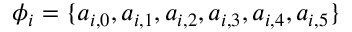
\phi _ { i } = \{ a _ { i , 0 } , a _ { i , 1 } , a _ { i , 2 } , a _ { i , 3 } , a _ { i , 4 } , a _ { i , 5 } \}